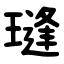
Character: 㻱